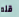
قله